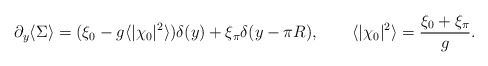
\begin{align*}\partial_y \langle \Sigma \rangle = (\xi_0 - g\langle |\chi_0|^2\rangle )\delta (y) + \xi_\pi \delta (y-\pi R), \qquad \langle |\chi_0|^2\rangle = {\xi_0 + \xi_\pi \over g}.\end{align*}